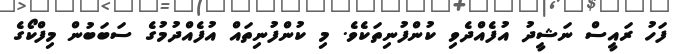
ފަހު ރައީސް ނަޝީދު އުފެއްދެވި ކުންފުނިތަކެވެ. މި ކުންފުނިތައް އުފެއްދުމުގެ ސަބަބުން މިފްކޯގެ